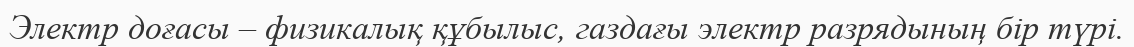
Электр доғасы – физикалық құбылыс, газдағы электр разрядының бір түрі.